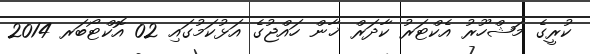
ކުރީގެ މަޝްހޫރު އެކްޓަރު ކާދަރް ޚާން ހައްޖުގެ އަޅުކަމުގައި 02 އޮކްޓޯބަރ 2014